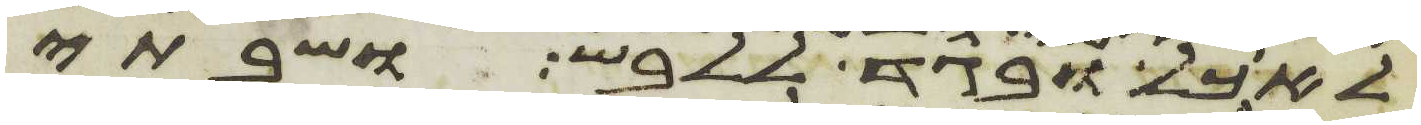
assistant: לאכל ובגד ללבש ושבתי